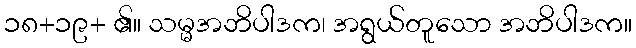
၁၈+၁၉+ ၏။ သမ္မအဘိပါဒက၊ အရွယ်တူသော အဘိပါဒက။